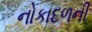
નોકાદળની